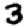
Digit: 3